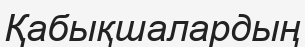
Қабықшалардың